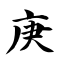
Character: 庚